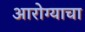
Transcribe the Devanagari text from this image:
आरोग्याचा